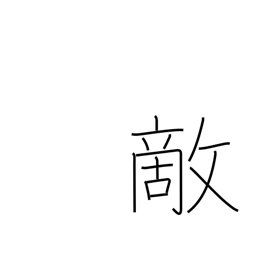
Meaning: foe